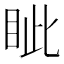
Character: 眦